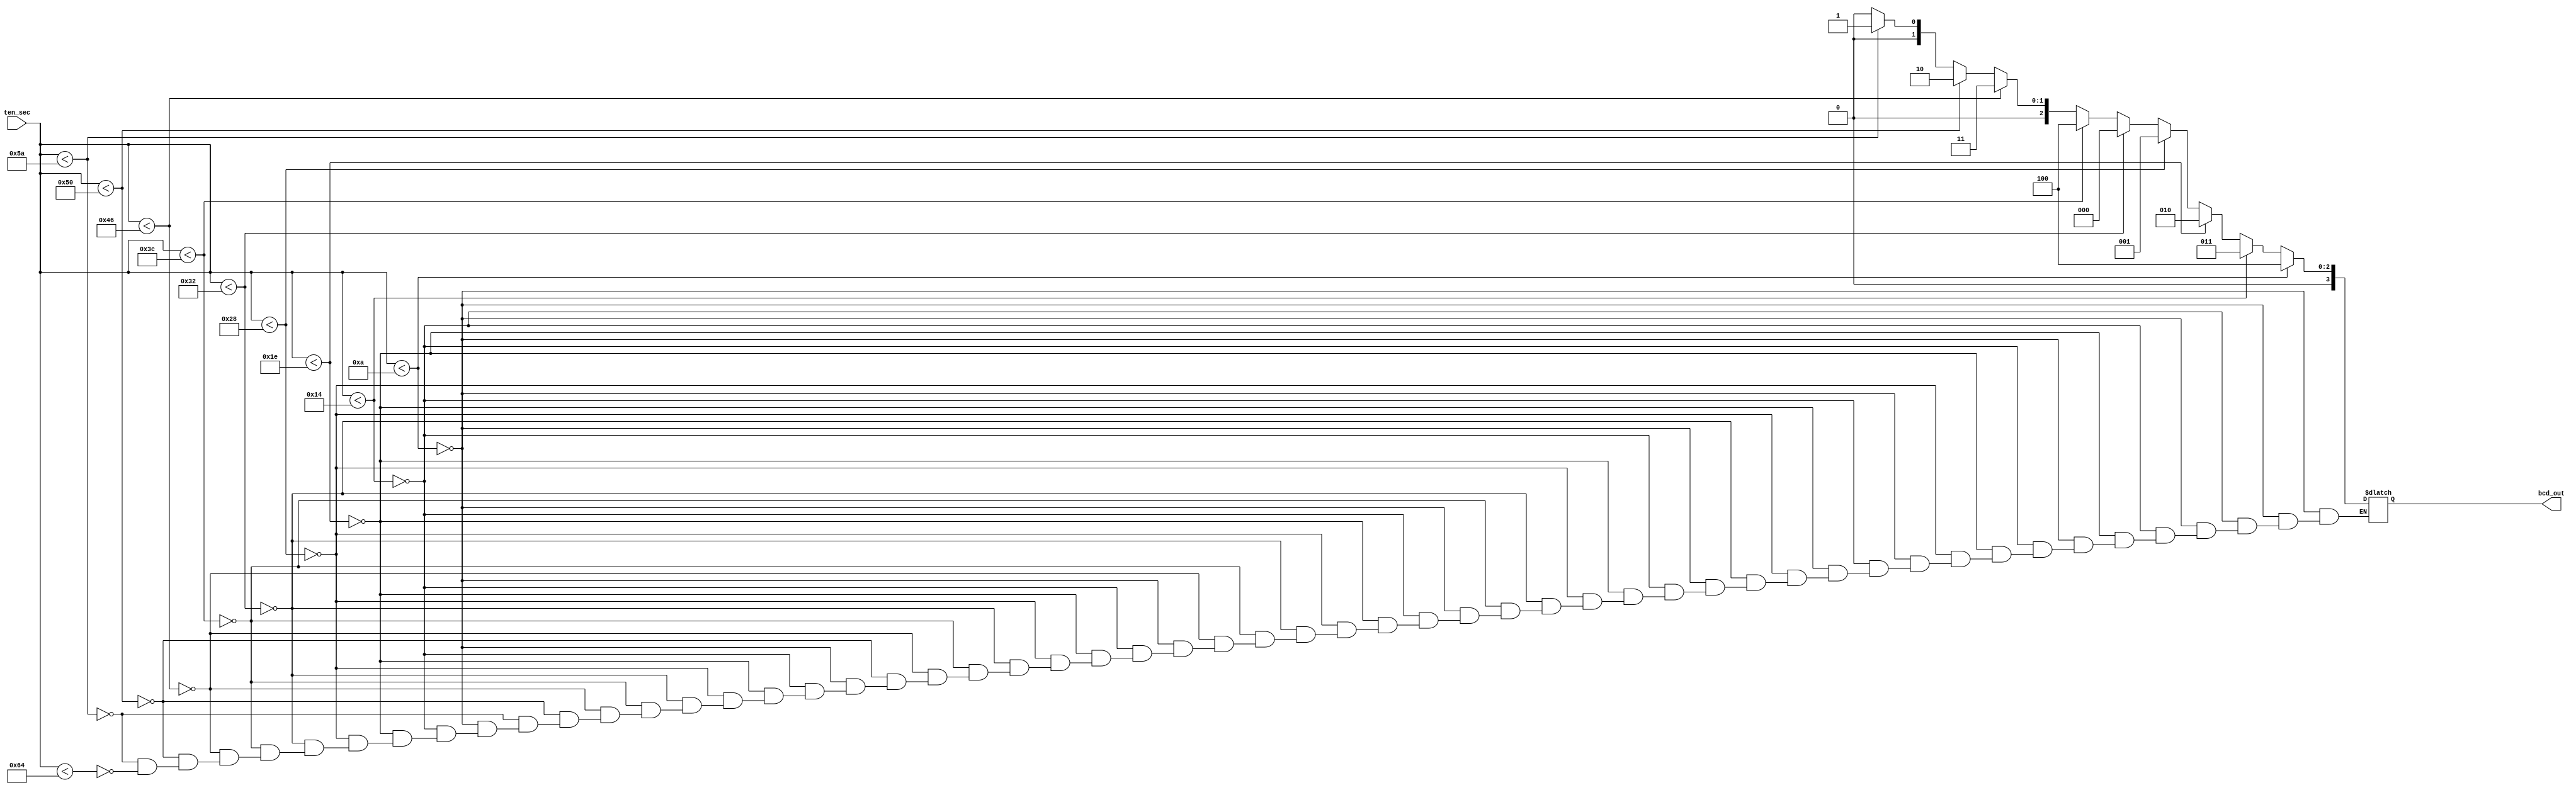
`timescale 1ns / 1ps
//////////////////////////////////////////////////////////////////////////////////
// Company: 
// Engineer: 
// 
// Design Name: 
// Module Name: walk_time
// Project Name: 
// Target Devices: 
// Tool Versions: 
// Description: 
// 
// Dependencies: 
// 
// Revision:
// Revision 0.01 - File Created
// Additional Comments:
// 
//////////////////////////////////////////////////////////////////////////////////


module walk_time(

    input [6:0] ten_sec,
    output reg[3:0] bcd_out

    );
    
    always @(ten_sec) begin
    
        if (ten_sec < 10) begin
        
            bcd_out = 4'b0100;
        
        end
        
        else if (ten_sec < 20) begin
        
            bcd_out = 4'b0011;
        
        end
        
        else if (ten_sec < 30) begin
        
            bcd_out = 4'b0010;
        
        end
        
        else if (ten_sec < 40) begin
        
            bcd_out = 4'b0001;
        
        end
        
        else if (ten_sec < 50) begin
        
            bcd_out = 4'b0000;
        
        end
        
        else if (ten_sec < 60) begin
        
            bcd_out = 4'b0100;
        
        end
        
        
        else if (ten_sec < 70) begin
        
            bcd_out = 4'b0011;
        
        end
        
        else if (ten_sec < 80) begin
        
            bcd_out = 4'b0010;
        
        end
        
        else if (ten_sec < 90) begin
        
            bcd_out = 4'b0001;
        
        end
        
        else if (ten_sec < 100) begin
        
            bcd_out = 4'b0000;
        
        end     
        
    
    end
    
endmodule